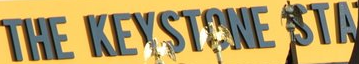
THE KEYSTONE STA